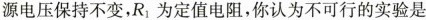
源电压保持不变，R_{1}为定值电阻，你认为不可行的实验是